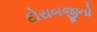
દોરાબજીનો